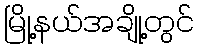
မြို့နယ်အချို့တွင်